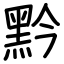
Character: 黔